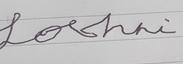
Signature authenticity: forged